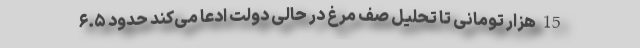
15 هزار تومانی تا تحلیل صف مرغ در حالی دولت ادعا می‌کند حدود ۶.۵